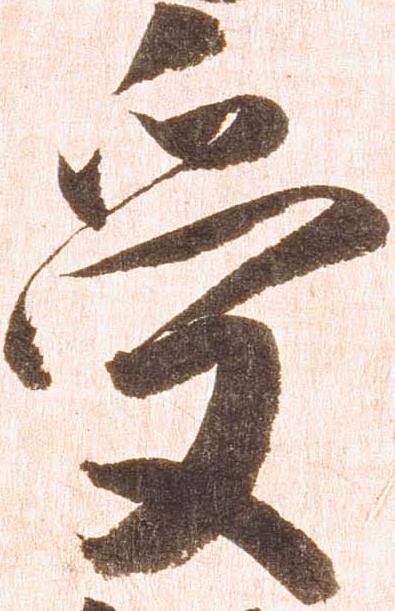
受